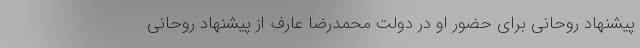
پیشنهاد روحانی برای حضور او در دولت محمدرضا عارف از پیشنهاد روحانی